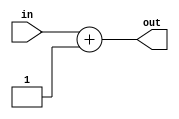
`timescale 1ns / 1ns

module add1(in, out);

//Input Ports
input wire [7:0] in;			
//Output Ports
output reg [7:0] out; 

//Instructions

always @(in)
begin
	out = in + 1;
end


endmodule